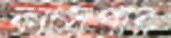
ক্যাসপার